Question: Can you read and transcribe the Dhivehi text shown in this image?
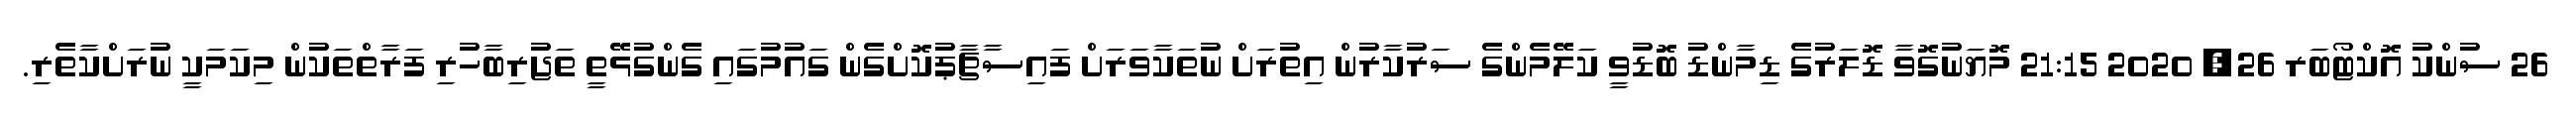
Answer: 26 ސުންކު އޮކްޓޯބަރ 26, 2020 21:15 މޮޔަނުގޮވާ ޑޮލަރުގެ ޑިމާންޑު ބޮޑުވީ ކަލޭމެންގެ ސަރުކާރުން އިތުރަށް ނުތަކާވަރަށް ފައިސާޗާޕުކޮށްގެން ގައުމުގައި ގެންގުޅޭތީ ތަޖުރިބާހުރި ފަރާތްތަކުން މިކަމަކީ ނުރަށްކާތެރި.